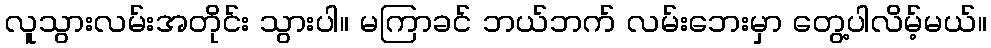
လူသွားလမ်းအတိုင်း သွားပါ။ မကြာခင် ဘယ်ဘက် လမ်းဘေးမှာ တွေ့ပါလိမ့်မယ်။